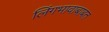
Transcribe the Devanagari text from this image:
लिंगभावाबाबत